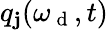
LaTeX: q_{\mathbf{j}}(\omega_{\mathrm{{~d~}}},t)